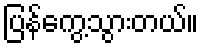
ပြန်ကွေ့သွားတယ်။